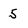
Character: 5